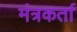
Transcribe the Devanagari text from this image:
मंत्रकर्ता